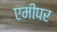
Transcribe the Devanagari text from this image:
एमीपर